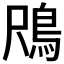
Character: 𱈟